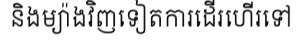
និងម្យ៉ាងវិញទៀតការដើរហើរទៅ